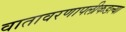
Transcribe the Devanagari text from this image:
वातावरणापलीकडल्या